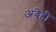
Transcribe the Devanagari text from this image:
अवेही